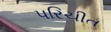
પરિચીત